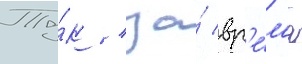
Та́к / за́ вр'е́м'я